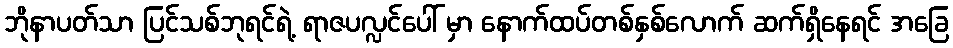
ဘိုနာပတ်သာ ပြင်သစ်ဘုရင်ရဲ့ ရာဇပလ္လင်ပေါ် မှာ နောက်ထပ်တစ်နှစ်လောက် ဆက်ရှိနေရင် အခြေ